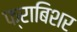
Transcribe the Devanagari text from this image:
फ्राबिशर